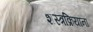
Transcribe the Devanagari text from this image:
शस्त्रक्रियांना